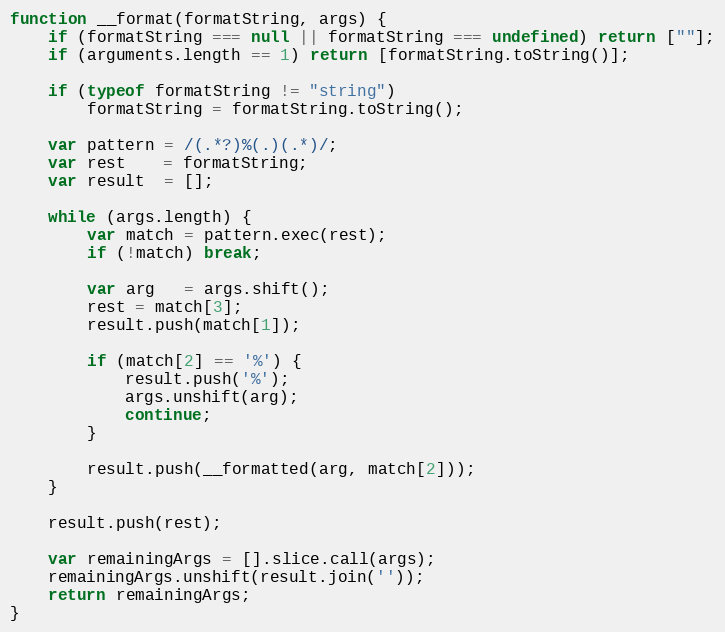
Language: JavaScript
function __format(formatString, args) {
    if (formatString === null || formatString === undefined) return [""];
    if (arguments.length == 1) return [formatString.toString()];

    if (typeof formatString != "string")
        formatString = formatString.toString();

    var pattern = /(.*?)%(.)(.*)/;
    var rest    = formatString;
    var result  = [];

    while (args.length) {
        var match = pattern.exec(rest);
        if (!match) break;

        var arg   = args.shift();
        rest = match[3];
        result.push(match[1]);

        if (match[2] == '%') {
            result.push('%');
            args.unshift(arg);
            continue;
        }

        result.push(__formatted(arg, match[2]));
    }

    result.push(rest);

    var remainingArgs = [].slice.call(args);
    remainingArgs.unshift(result.join(''));
    return remainingArgs;
}